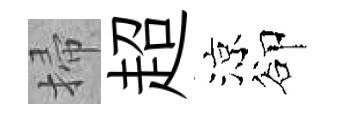
掃超涼卻